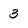
Character: 3